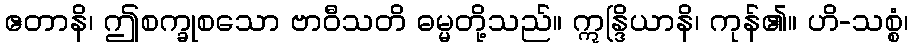
ဧတာနိ၊ ဤစက္ခုစသော ဗာဝီသတိ ဓမ္မတို့သည်။ ဣန္ဒြိယာနိ၊ ကုန်၏။ ဟိ-သစ္စံ၊